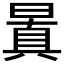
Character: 𣉮